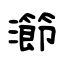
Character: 瀄